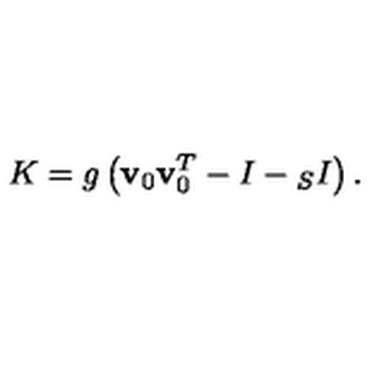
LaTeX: K = g \left( { \bf v } _ { 0 } { \bf v } _ { 0 } ^ { T } - I - { } _ { S } I \right) .